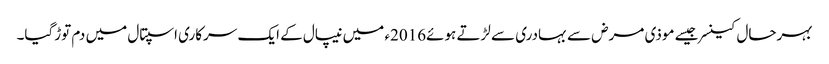
بہرحال کینسرجیسے موذی مرض سے بہادری سے لڑتے ہوئے2016ء میں نیپال کے ایک سرکاری اسپتال میں دم توڑگیا۔